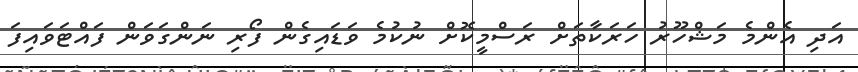
އަދި އެންމެ މަޝްހޫރު ހަރަކާތަށް ރަސްމީކޮށް ނުކުމެ ވަޑައިގެން ފޯރި ނަންގަވަން ފައްޓަވައިފަ